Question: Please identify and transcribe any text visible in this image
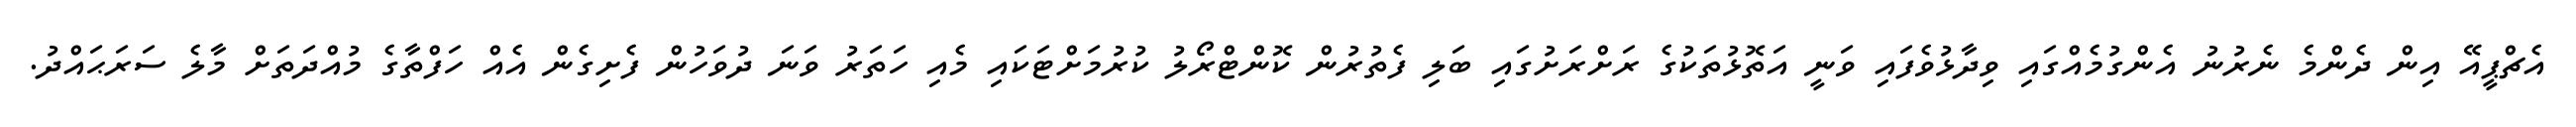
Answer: އެޗްޕީއޭ އިން ދެންމެ ނެރުނު އެންގުމެއްގައި ވިދާޅުވެފައި ވަނީ އަތޮޅުތަކުގެ ރަށްރަށުގައި ބަލި ފެތުރުން ކޮންޓްރޯލު ކުރުމަށްޓަކައި މެއި ހަތަރު ވަނަ ދުވަހުން ފެށިގެން އެއް ހަފްތާގެ މުއްދަތަށް މާލެ ސަރަޙައްދު.